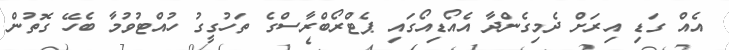
އެއް ގަޑި އިރަށް ދެމިގެންދާ އެއޯޑިއޯގައި ޕެޓްރޯބްރާސްގެ ތަހުގީގު ހުއްޓުވުމާ ބެހޭ ގޮތުން